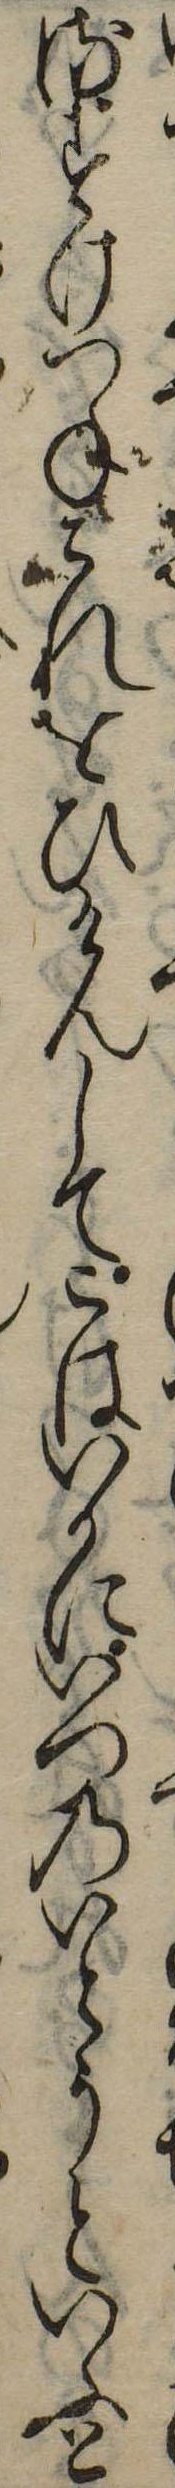
るすけつねこれをひけんしてこはいかにいつのいとうといふと